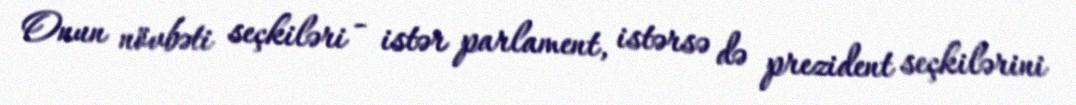
Onun növbəti seçkiləri - istər parlament, istərsə də prezident seçkilərini